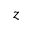
z